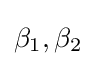
\beta _{1},\beta _{2}